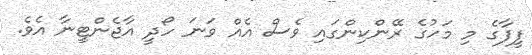
ފީފާގެ މި މަހުގެ ރޭންކިންގައި ވެސް އެއް ވަނަ ހޯދީ އާޖެންޓީނާ އެވެ.